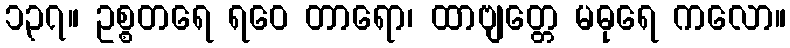
၁၃၇။ ဥစ္စတရေ ရဝေ တာရော၊ ထာဗျတ္တေ မဓုရေ ကလော။